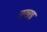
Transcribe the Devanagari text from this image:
जख्ख